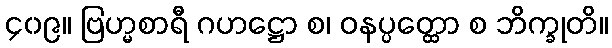
၄၀၉။ ဗြဟ္မစာရီ ဂဟဋ္ဌော စ၊ ဝနပ္ပတ္ထော စ ဘိက္ခုတိ။